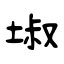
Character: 埱